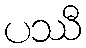
ပဿီ